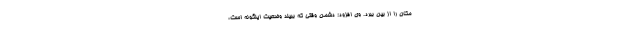
مکان را از بین ببرد. وی افزود: دشمن وقتی که ببیند وضعیت اینگونه است،